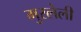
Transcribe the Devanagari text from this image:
मुरलेली